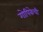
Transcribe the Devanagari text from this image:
गोपिकेची